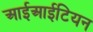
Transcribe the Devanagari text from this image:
आईआईटियन